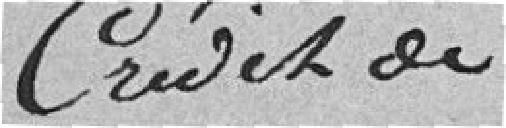
Crédit de